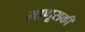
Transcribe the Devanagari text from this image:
माणूसकी